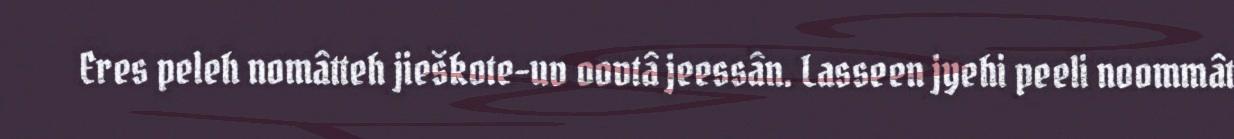
Eres peleh nomâtteh jieškote-uv oovtâ jeessân. Lasseen jyehi peeli noommât